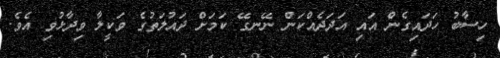
ހިސާބު ހަދައިގެން އައި އަދަދެއްކަން ނޭނގޭ ކަމަށް ދައުލަތުގެ ވަކީލާ ވިދާޅުވި އެވެ.